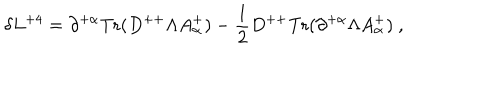
\delta L ^ { + 4 } = \partial ^ { + \alpha } \mathrm { T r } ( D ^ { + + } \Lambda A _ { \alpha } ^ { + } ) - { \frac { 1 } { 2 } } D ^ { + + } \mathrm { T r } ( \partial ^ { + \alpha } \Lambda A _ { \alpha } ^ { + } ) \ ,